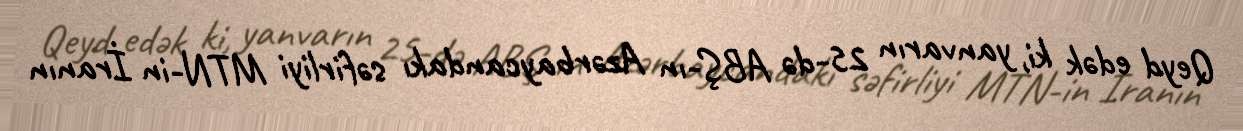
Qeyd edək ki, yanvarın 25-də ABŞ-ın Azərbaycandakı səfirliyi MTN-in İranın